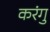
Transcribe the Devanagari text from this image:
करंगु